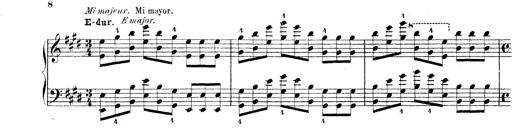
Title: Technische Studien
Composer: Franz Liszt